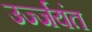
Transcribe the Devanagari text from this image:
उर्ज्जयंत